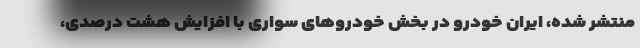
منتشر شده، ایران خودرو در بخش خودروهای سواری با افزایش هشت درصدی،